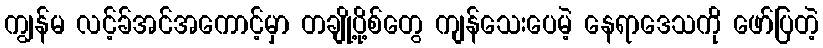
ကျွန်မ လင့်ခ်အင်အကောင့်မှာ တချို့ပို့စ်တွေ ကျန်သေးပေမဲ့ နေရာဒေသကို ဖော်ပြတဲ့